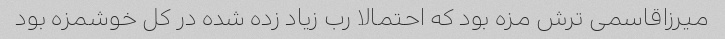
میرزاقاسمی ترش مزه بود که احتمالا رب زیاد زده شده در کل خوشمزه بود